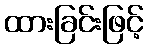
ထားခြင်းဖြင့်